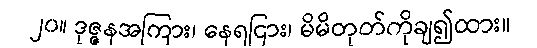
၂၀။ ဒုဇ္ဇနအကြား၊ နေရငြား၊ မိမိတုတ်ကိုချ၍ထား။